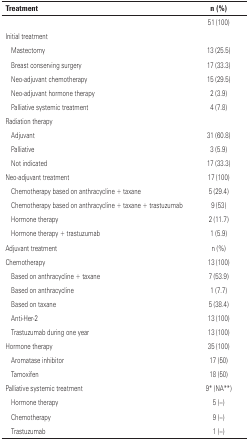
<table><thead><tr><td colspan="2"><b>Treatment</b></td><td><b>n (%)</b></td></tr></thead><tbody><tr><td colspan="2"></td><td>51 (100)</td></tr><tr><td colspan="2">Initial treatment</td><td></td></tr><tr><td></td><td>Mastectomy</td><td>13 (25.5)</td></tr><tr><td></td><td>Breast conserving surgery</td><td>17 (33.3)</td></tr><tr><td></td><td>Neo-adjuvant chemotherapy</td><td>15 (29.5)</td></tr><tr><td></td><td>Neo-adjuvant hormone therapy</td><td>2 (3.9)</td></tr><tr><td></td><td>Palliative systemic treatment</td><td>4 (7.8)</td></tr><tr><td colspan="2">Radiation therapy</td><td></td></tr><tr><td></td><td>Adjuvant</td><td>31 (60.8)</td></tr><tr><td></td><td>Palliative</td><td>3 (5.9)</td></tr><tr><td></td><td>Not indicated</td><td>17 (33.3)</td></tr><tr><td colspan="2">Neo-adjuvant treatment</td><td>17 (100)</td></tr><tr><td></td><td>Chemotherapy based on anthracycline + taxane</td><td>5 (29.4)</td></tr><tr><td></td><td>Chemotherapy based on anthracycline + taxane + trastuzumab</td><td>9 (53)</td></tr><tr><td></td><td>Hormone therapy</td><td>2 (11.7)</td></tr><tr><td></td><td>Hormone therapy + trastuzumab</td><td>1 (5.9)</td></tr><tr><td colspan="2">Adjuvant treatment</td><td>n (%)</td></tr><tr><td colspan="2">Chemotherapy</td><td>13 (100)</td></tr><tr><td></td><td>Based on anthracycline + taxane</td><td>7 (53.9)</td></tr><tr><td></td><td>Based on anthracycline</td><td>1 (7.7)</td></tr><tr><td></td><td>Based on taxane</td><td>5 (38.4)</td></tr><tr><td></td><td>Anti-Her-2</td><td>13 (100)</td></tr><tr><td></td><td>Trastuzumab during one year</td><td>13 (100)</td></tr><tr><td colspan="2">Hormone therapy</td><td>35 (100)</td></tr><tr><td></td><td>Aromatase inhibitor</td><td>17 (50)</td></tr><tr><td></td><td>Tamoxifen</td><td>18 (50)</td></tr><tr><td colspan="2">Palliative systemic treatment</td><td>9* (NA**)</td></tr><tr><td></td><td>Hormone therapy</td><td>5 (−)</td></tr><tr><td></td><td>Chemotherapy</td><td>9 (−)</td></tr><tr><td></td><td>Trastuzumab</td><td>1 (−)</td></tr></tbody></table>